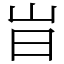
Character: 㞱